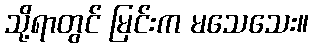
သို့ရာတွင် မြင်းက မသေသေး။